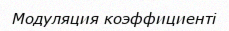
Модуляция коэффициенті